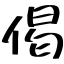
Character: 偈